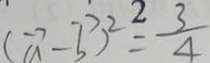
( \overrightarrow { a } - \overrightarrow { b } ) ^ { 2 } = \frac { 3 } { 4 }